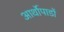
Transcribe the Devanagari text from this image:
आर्थोपाडों